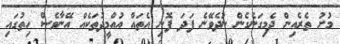
މުށު ތެރެއިން ދެމިގަނެގެން ނުދެވޭނެ ފަދަ ފޮނި އެތައް އުއްމީދުތަކެއް އޭނާވެސް ހިތުގައި